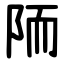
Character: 陑